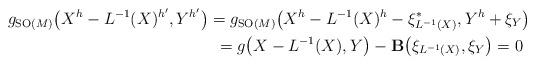
LaTeX: \begin{gather*}g_{{\rm SO}(M)}\big(X^h-L^{-1}(X)^{h'},Y^{h'}\big) =g_{{\rm SO}(M)}\big(X^h-L^{-1}(X)^h-\xi_{L^{-1}(X)}^{\ast},Y^h+\xi_Y\big)\\\hphantom{g_{{\rm SO}(M)}\big(X^h-L^{-1}(X)^{h'},Y^{h'}\big)}{} =g\big(X-L^{-1}(X),Y\big)-{\bf B}\big(\xi_{L^{-1}(X)},\xi_Y\big)=0\end{gather*}